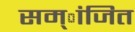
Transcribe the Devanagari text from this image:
सम्ांजित